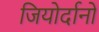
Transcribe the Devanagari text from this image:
जियोर्दानो